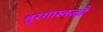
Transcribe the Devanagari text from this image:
तुरगास्तज्झै